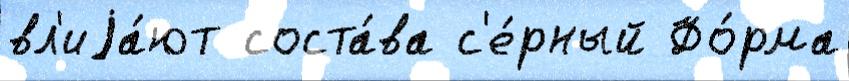
вл'иjа́ют соста́ва с'е́рный Фо́рма